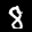
Label: 8